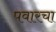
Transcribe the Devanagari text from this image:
पवारचा